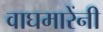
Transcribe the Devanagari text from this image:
वाघमारेंनी